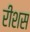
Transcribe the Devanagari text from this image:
रीशस